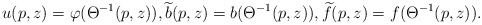
\begin{align*} u(p,z) = \varphi( \Theta^{-1}(p,z)), \widetilde{b}(p,z) = b(\Theta^{-1}(p,z)), \widetilde{f}(p,z) = f( \Theta^{-1}(p,z)). \end{align*}